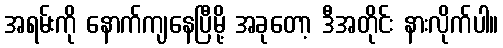
အရမ်းကို နောက်ကျနေပြီမို့ အခုတော့ ဒီအတိုင်း နားလိုက်ပါ။